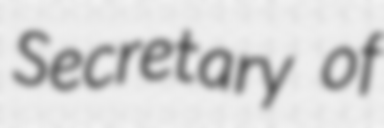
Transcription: Secretary of